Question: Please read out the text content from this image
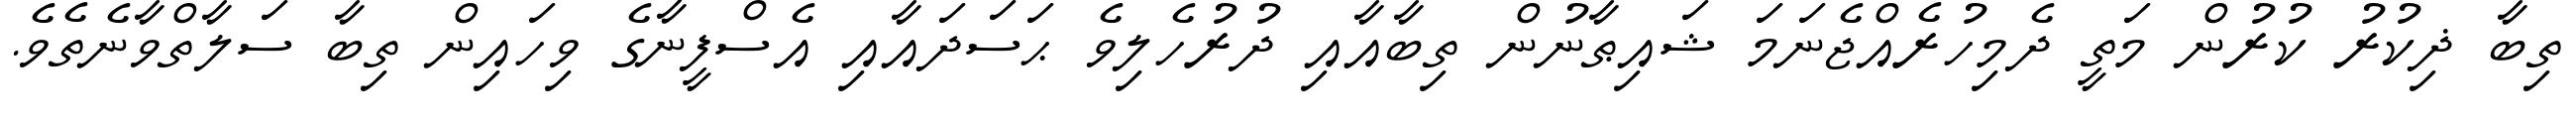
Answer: ތިބާ ޛިކުރު ކުރުން މަތީ ދެމިހުރެއްޖެނަމަ ޝައިޠާނުން ތިބާއާއި ދުރުހެލިވެ ޙަސަދައާއި އެސްފީނާގެ ވިހައިން ތިބާ ސަލާތްވާނެތެވެ.